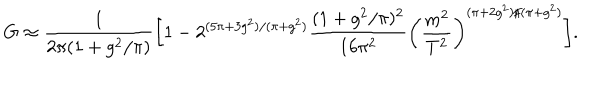
LaTeX: G \approx \frac { 1 } { 2 \pi ( 1 + g ^ { 2 } / \pi ) } \bigg [ 1 - 2 ^ { ( 5 \pi + 3 g ^ { 2 } ) / ( \pi + g ^ { 2 } ) } \frac { ( 1 + g ^ { 2 } / \pi ) ^ { 2 } } { 1 6 \pi ^ { 2 } } \bigg ( \frac { m ^ { 2 } } { T ^ { 2 } } \bigg ) ^ { ( \pi + 2 g ^ { 2 } ) / ( \pi + g ^ { 2 } ) } \bigg ] .